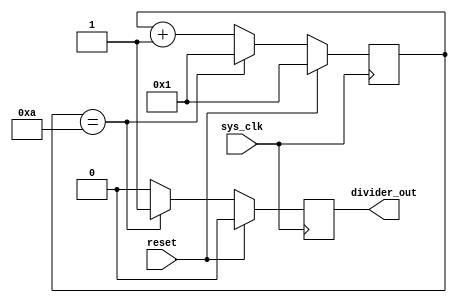
module divider_2( sys_clk, divider_out, reset);
  
  input reset;
  input sys_clk;
  output divider_out;
  parameter para_count = 10;//50000000; // value to change divider out
  
  reg divider_out;
  reg[31:0] count ; // register for count
  
  always @ (posedge sys_clk)
  begin : counter
    if (reset == 1)begin
		divider_out <= 0;
		count <= 1;
    end
    else if (count == para_count  ) begin
		divider_out <= 1;
		count <= 1;
    end
    else
		begin
		count <= count +1;
		divider_out <= 0;
      
    end
  
 end  
  
  
endmodule